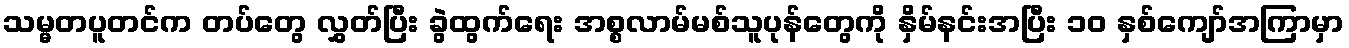
သမ္မတပူတင်က တပ်တွေ လွှတ်ပြီး ခွဲထွက်ရေး အစ္စလာမ်မစ်သူပုန်တွေကို နှိမ်နင်းအပြီး ၁၀ နှစ်ကျော်အကြာမှာ